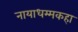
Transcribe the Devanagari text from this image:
नायाधम्मकहा